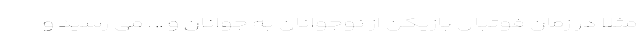
مثلا در زمان فوتبال بازیکن از نوجوانان به جوانان و .. . می رسید و